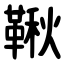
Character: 鞦